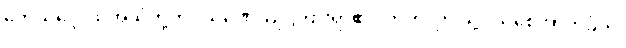
တေသဒ္ဒေ၊ ထိုအသံတို့ကို။ သုဏေယျ၊ ကြားရာ၏။ ဣတိ၊ ဤသို့။ သစေအာကင်္ခတိ၊